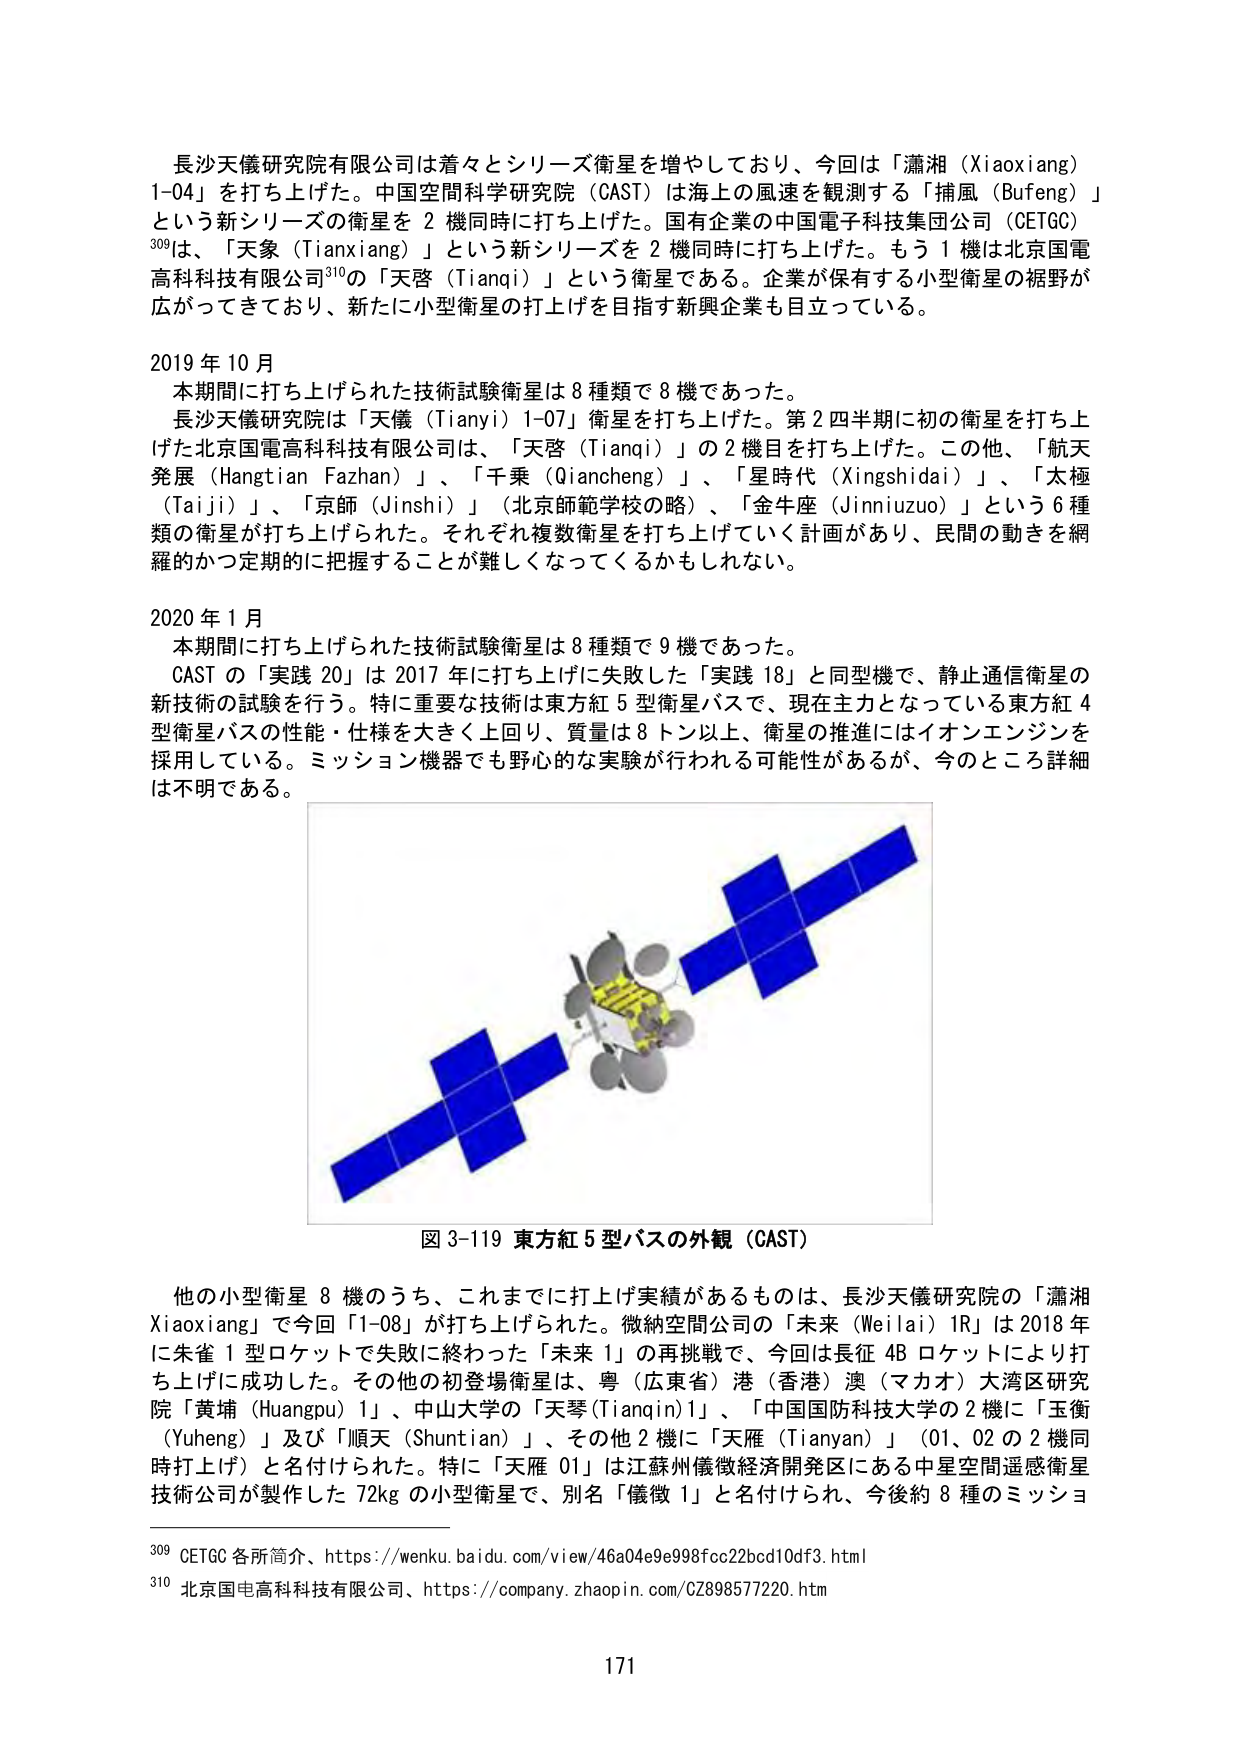
長沙天儀研究院有限公司は着々とシリーズ衛星を増やしており、今回は「瀟湘（Xiaoxiang）1-04」を打ち上げた。中国空間科学研究院（CAST）は海上の風速を観測する「捕風（Bufeng）」という新シリーズの衛星を2機同時に打ち上げた。国有企業の中国電子科技集团公司（CETGC）309は、「天象（Tianxiang）」という新シリーズを2機同時に打ち上げた。もう1機は北京国電高科科技有限公司310の「天啓（Tianqi）」という衛星である。企業が保有する小型衛星の裾野が広がってきており、新たに小型衛星の打上げを目指す新興企業も目立っている。

2019年10月
　本期間に打ち上げられた技術試験衛星は8種類で8機であった。
　長沙天儀研究院は「天儀（Tianyi）1-07」衛星を打ち上げた。第2四半期に初の衛星を打ち上げた北京国電高科科技有限公司は、「天啓（Tianqi）」の2機目を打ち上げた。この他、「航天発展（Hangtian Fazhan）」、「千乗（Qiancheng）」、「星時代（Xingshaidai）」、「太極（Taiji）」、「京師（Jinshi）」（北京師範学校の略）、「金牛座（Jinniuzuo）」という6種類の衛星が打ち上げられた。それぞれ複数衛星を打ち上げていく計画があり、民間の動きを網羅的かつ定期的に把握することが難しくなるかもしれない。

2020年1月
　本期間に打ち上げられた技術試験衛星は8種類で9機であった。
　CASTの「実践20」は2017年に打ち上げに失敗した「実践18」と同型機で、静止通信衛星の新技術の試験を行う。特に重要な技術は東方紅5型衛星バスで、現在主力となっている東方紅4型衛星バスの性能・仕様を大きく上回り、質量は8トン以上、衛星の推進にはイオンエンジンを採用している。ミッション機器でも野心的な実験が行われる可能性があるが、今のところ詳細は不明である。

図3-119 東方紅5型バスの外観（CAST）

他の小型衛星8機のうち、これまでに打上げ実績があるものは、長沙天儀研究院の「瀟湘Xiaoxiang」で今回「1-08」が打ち上げられた。微納空間公司の「未来（Weilai）1R」は2018年に朱雀1型ロケットで失敗に終わった「未来1」の再挑戦で、今回は長征4Bロケットにより打ち上げに成功した。その他の初登場衛星は、粵（広東省）港（香港）澳（マカオ）大湾区研究院「黄埔（Huangpu）1」、中山大学の「天琴（Tianqin）1」、「中国国防科技大学の2機に「玉衡（Yuheng）」及び「順天（Shuntian）」、その他2機に「天雁（Tianyan）」（01、02の2機同時打上げ）と名付けられた。特に「天雁01」は江蘇州儀徴経済開発区にある中星空間遥感衛星技術公司が製作した72kgの小型衛星で、別名「儀微1」と名付けられ、今後約8種のミッション

309 CETGC各所简介、https://wenku.baidu.com/view/46a04e9e998fcc22bcd10df3.html
310 北京国电高科科技有限公司、https://company.zhaopin.com/CZ898577220.htm

171